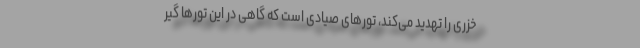
خزری را تهدید می‌کند، تور‌های صیادی است که گاهی در این تور‌ها گیر